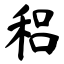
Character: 稆